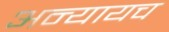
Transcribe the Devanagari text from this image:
अन्यायच